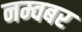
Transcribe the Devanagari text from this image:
नम्वबर